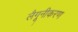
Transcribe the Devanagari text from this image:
लैगूनीकरण